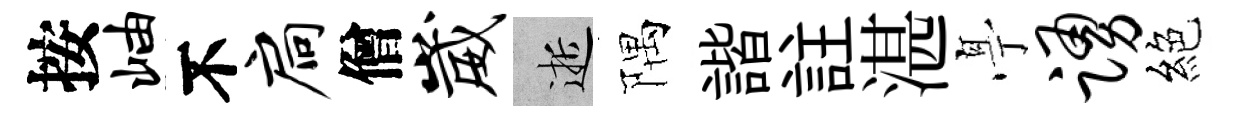
按岫不扃僧崴逝隅諧註湛𠅘踊絕